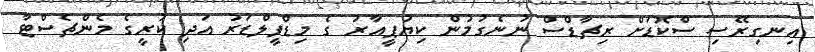
އިނގިރޭސި ސްކޮޑަށް ރިޗާޑްސް ނުނެގުމުން ކިޔުޕީއާރު ގެ މިޑްފީލްޑަރު އަދި ކުރީގެ މެންޗެސްޓާ